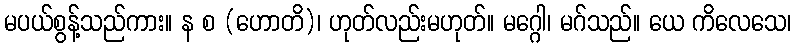
မပယ်စွန့်သည်ကား။ န စ (ဟောတိ)၊ ဟုတ်လည်းမဟုတ်။ မဂ္ဂေါ၊ မဂ်သည်။ ယေ ကိလေသေ၊